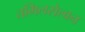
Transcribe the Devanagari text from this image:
तमिलसेल्वन